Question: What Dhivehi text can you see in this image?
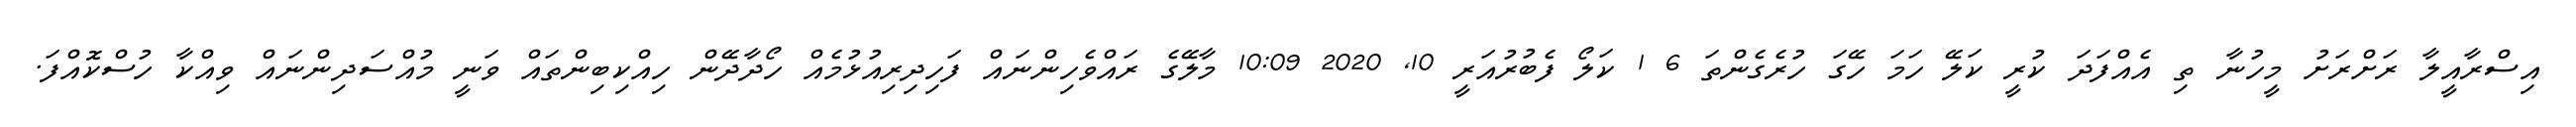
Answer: އިސްރާއީލާ ރަށްރަށު މީހުނާ ތި އެއްފަދަ ކުރީ ކަލޭ ހަމަ ހޭގަ ހުރެގެންތަ 6 1 ކަލޯ ފެބުރުއަރީ 10, 2020 10:09 މާލޭގެ ރައްވެހިންނައް ފަހިދިރިއުޅުމެއް ހޯދާދޭން ހިއްކިބިންތައް ވަނީ މުއްސަދިންނައް ވިއްކާ ހުސްކޮއްފަ.